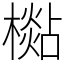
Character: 檆